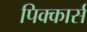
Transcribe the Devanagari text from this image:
पिक्कार्स